Indian journal of veterinary science and animal husbandry - Volume 9,
Year: 1939
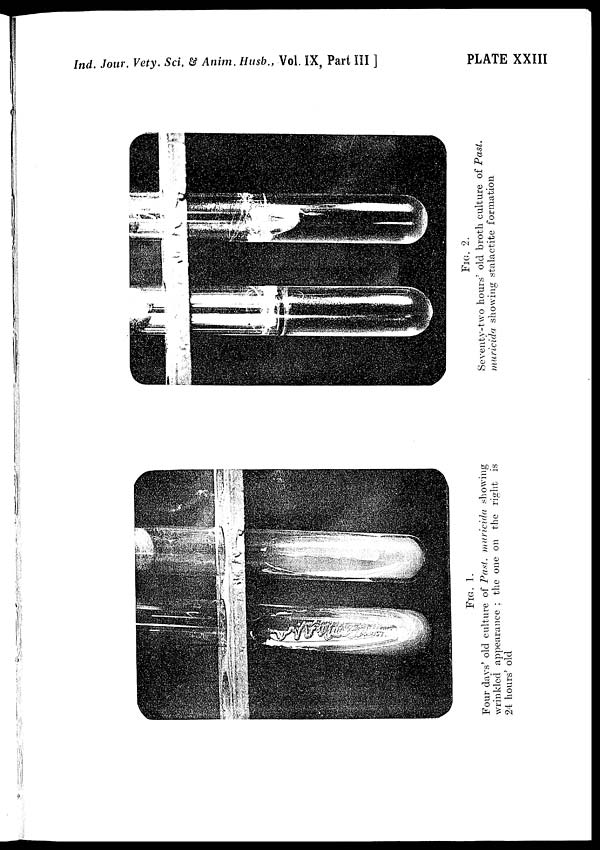
Ind. Jour. Vety. Sci. & Anim. Husb., Vol. IX, Part III ]
PLATE XXIII
FIG. 1.
Four days' old culture of Past. muricida showing
wrinkled appearance ; the one on the right is
24 hours' old
FIG. 2.
Seventy-two hours' old broth culture of Past.
muricida showing stalactite formation.